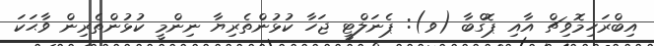
އިބްރަހިމޮވިޗް އާއި ޕޮގްބާ (ވ): ޕެނަލްޓީ ޖަހާ ކުޅުންތެރިޔާ ނިންމީ ކުޅުންތެރިން ވާޙަކަ